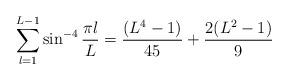
LaTeX: \begin{align*}\sum_{l=1}^{L-1} \sin^{-4} {\pi l\over L}={(L^4 - 1) \over 45}+ {2 (L^2 - 1) \over 9}\end{align*}